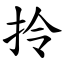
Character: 拎